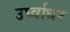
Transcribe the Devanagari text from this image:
उर्घ्वाधर